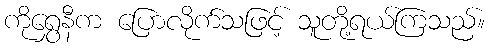
ကိုရွှေနီက ပြောလိုက်သဖြင့် သူတို့ရယ်ကြသည်။